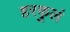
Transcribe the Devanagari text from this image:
हरकुलं